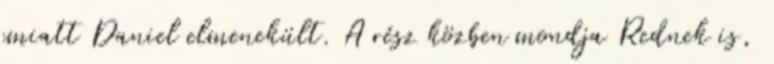
emiatt Daniel elmenekült. A rész közben mondja Rednek is,